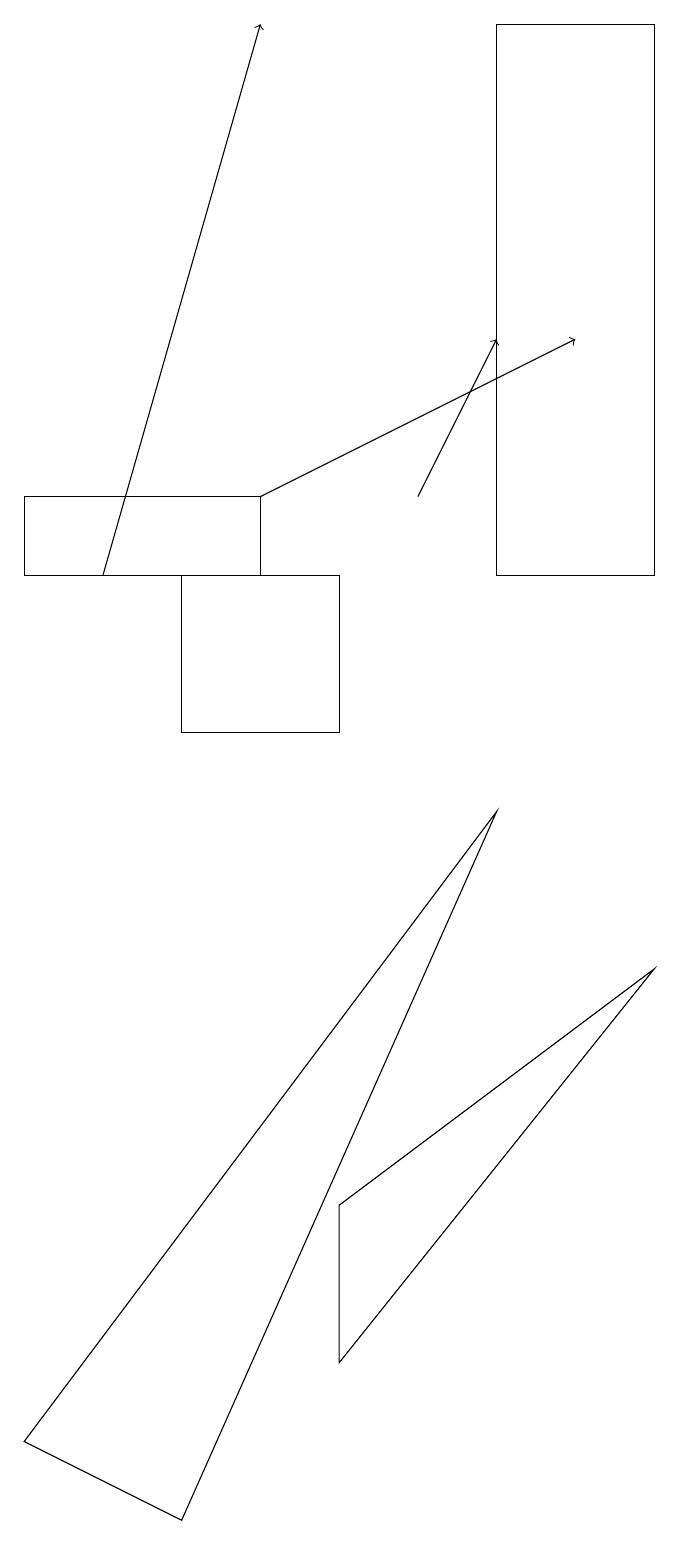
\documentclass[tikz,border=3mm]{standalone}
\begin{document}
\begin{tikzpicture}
\draw (4,4) -- (4,2) -- (8,7) -- cycle;
\draw[->] (3,13) -- (7,15);
\draw[->] (5,13) -- (6,15);
\draw (3,12) rectangle (0,13);
\draw (2,12) rectangle (4,10);
\draw[->] (1,12) -- (3,19);
\draw (8,19) rectangle (6,12);
\draw (0,1) -- (2,0) -- (6,9) -- cycle;
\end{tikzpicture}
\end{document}